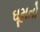
ઘૂમતો